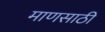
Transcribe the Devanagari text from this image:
माणसाठी